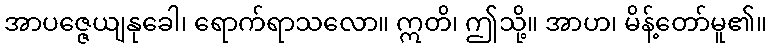
အာပဇ္ဇေယျနုခေါ၊ ရောက်ရာသလော။ ဣတိ၊ ဤသို့။ အာဟ၊ မိန့်တော်မူ၏။